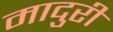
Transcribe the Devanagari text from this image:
मादुरी